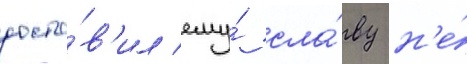
доста́в'ил ему́ сла́ву н'е́